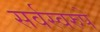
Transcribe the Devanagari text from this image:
सर्वस्वरुपे